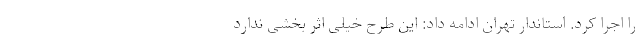
را اجرا کرد. استاندار تهران ادامه داد: این طرح خیلی اثر بخشی ندارد